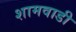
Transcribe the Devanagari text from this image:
शामवाडी